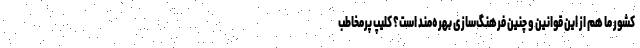
کشور ما هم از این قوانین و چنین فرهنگ‌سازی بهره‌مند است؟ کلیپ پرمخاطب